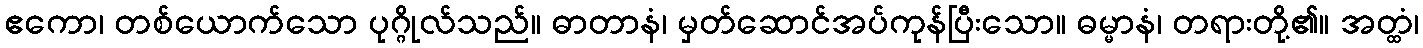
ဧကော၊ တစ်ယောက်သော ပုဂ္ဂိုလ်သည်။ ဓာတာနံ၊ မှတ်ဆောင်အပ်ကုန်ပြီးသော။ ဓမ္မာနံ၊ တရားတို့၏။ အတ္ထံ၊